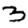
Digit: 3